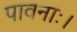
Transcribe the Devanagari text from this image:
पावनाः।